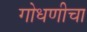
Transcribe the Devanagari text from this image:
गोधणीचा